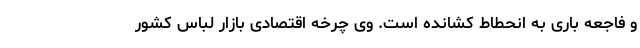
و فاجعه باری به انحطاط کشانده است. وی چرخه اقتصادی بازار لباس کشور